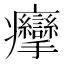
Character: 癴